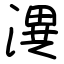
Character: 潩